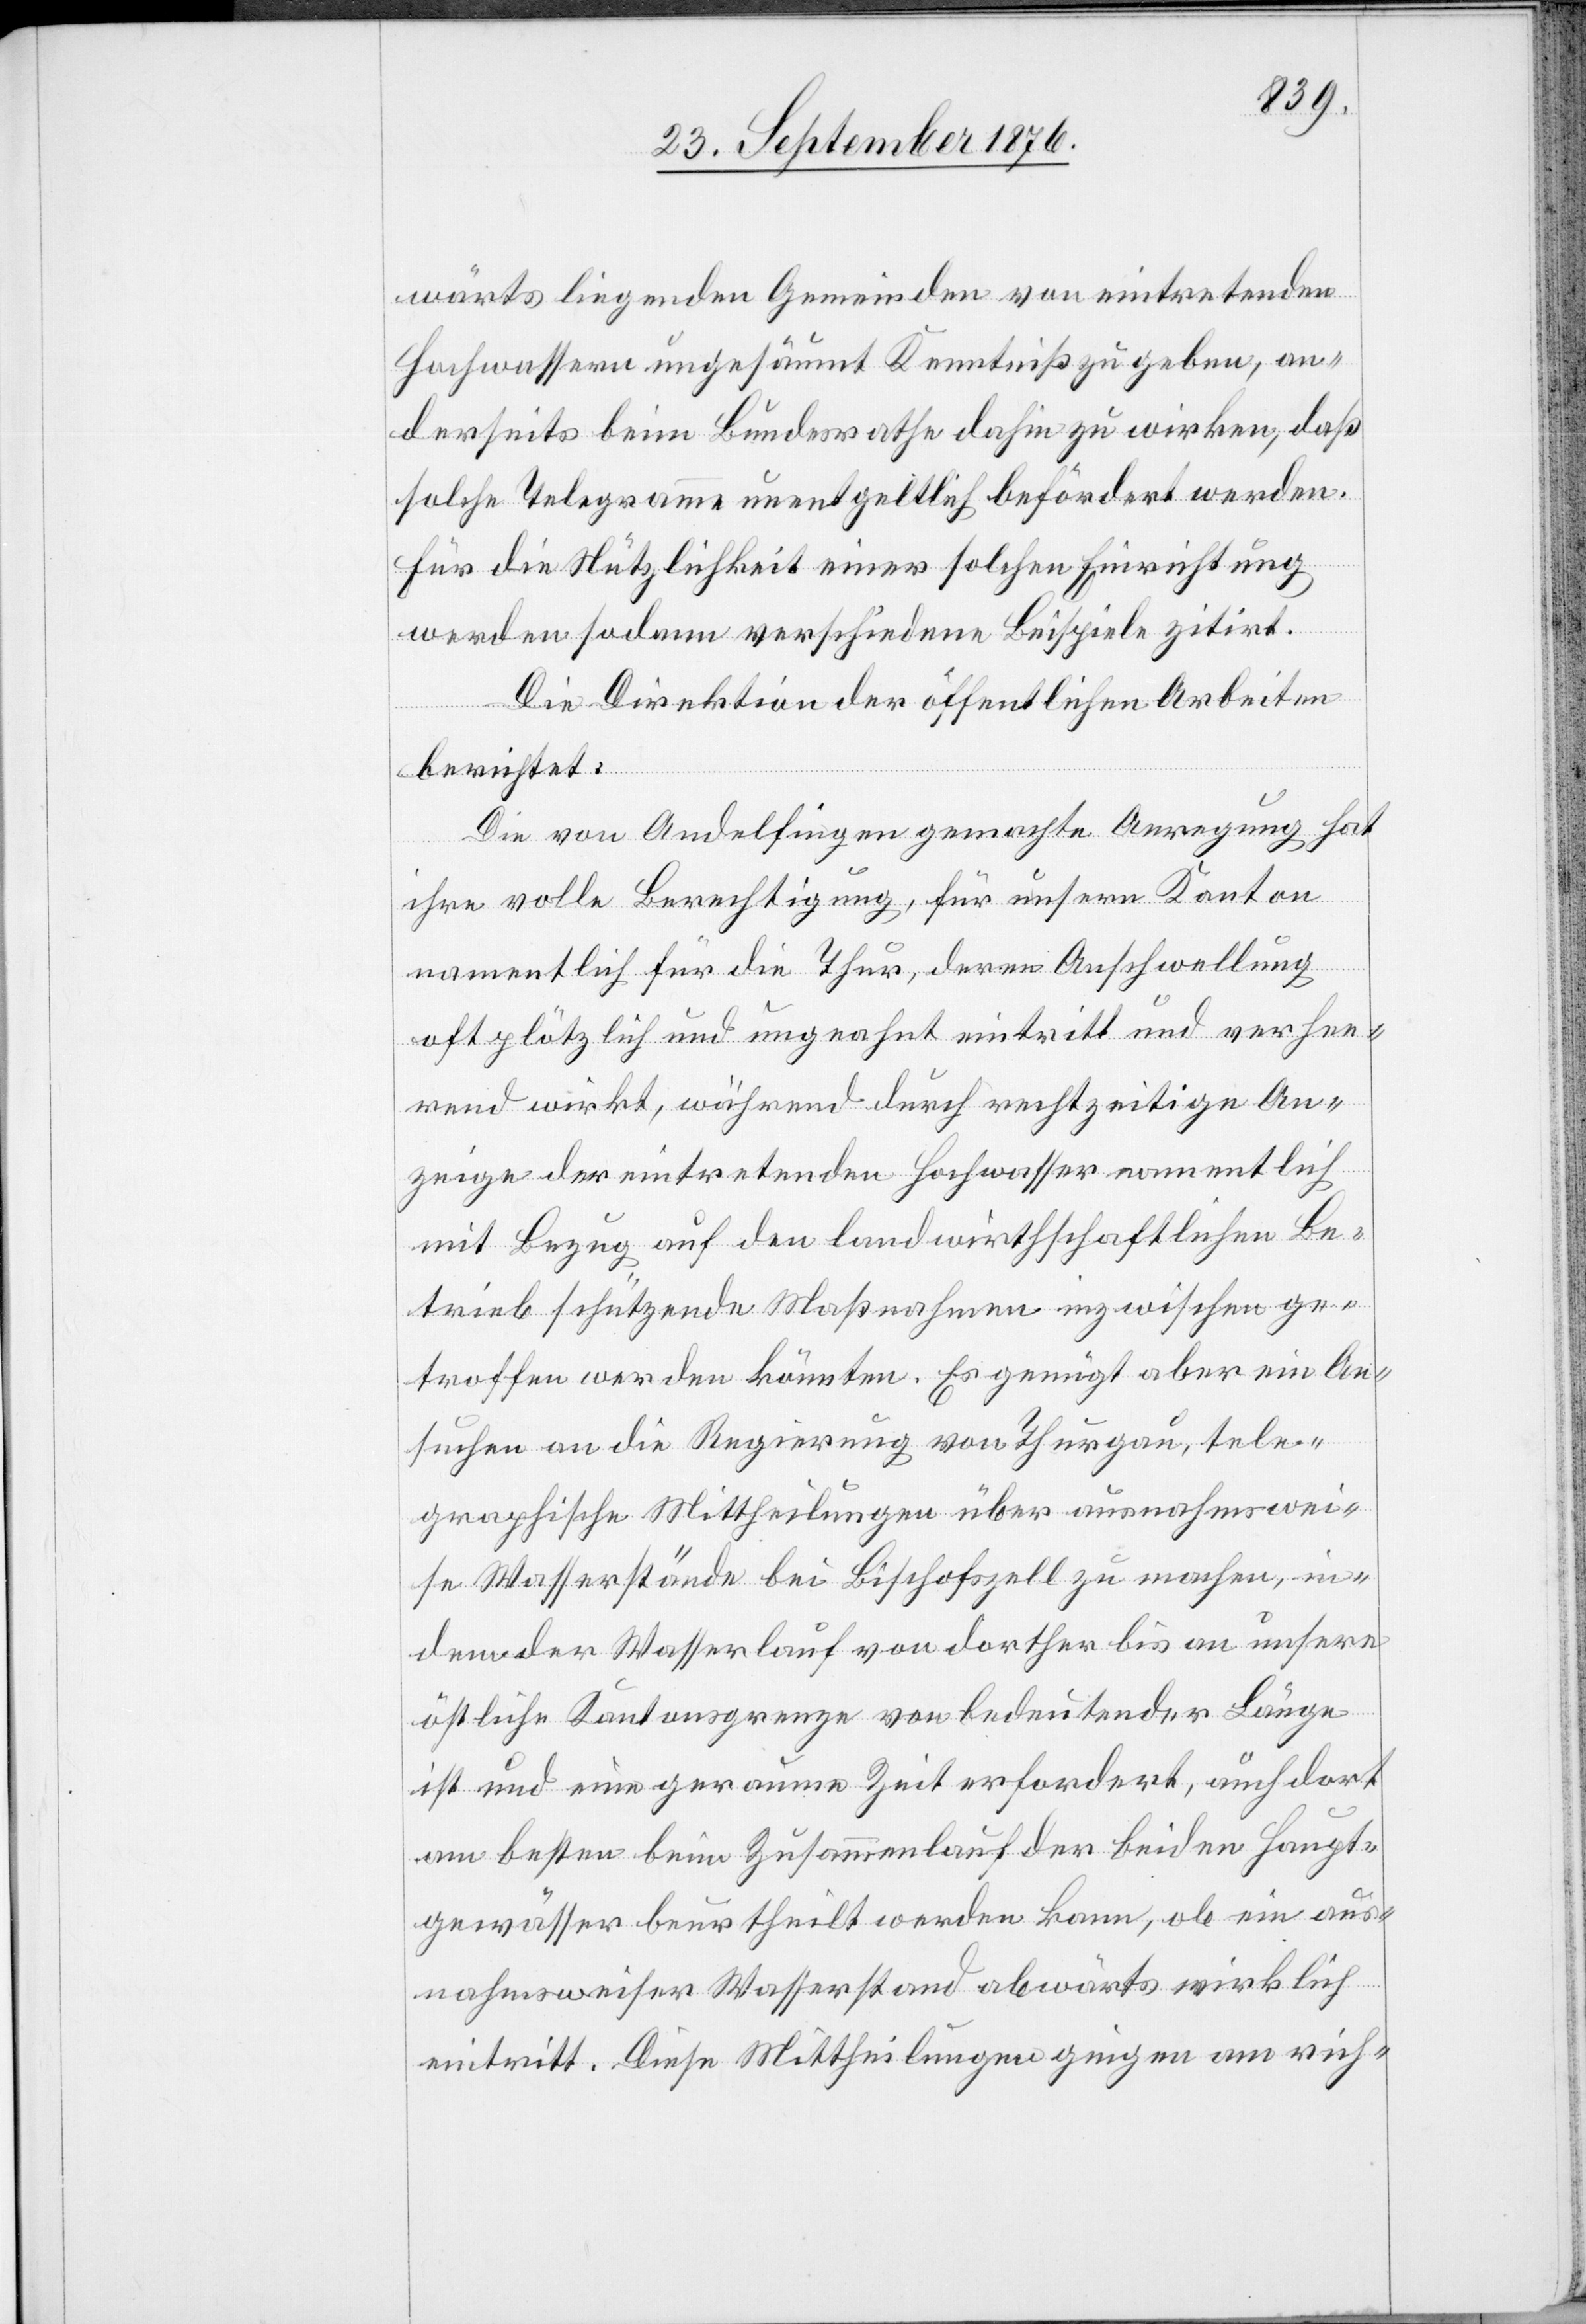
wärts liegenden Gemeinden von eintretenden
Hochwassern ungesäumt Kenntniß zu geben, an¬
derseits beim Bundesrathe dahin zu wirken, daß
solche Telegramme unentgeltlich befördert werden.
Für die Nützlichkeit einer solchen Einrichtung
werden sodann verschiedene Beispiele zitirt.
Die Direktion der öffentlichen Arbeiten
berichtet:
Die von Andelfingen gemachte Anregung hat
ihre volle Berechtigung, für unsern Kanton
namentlich für die Thur, deren Anschwellung
oft plötzlich und ungeahnt eintritt und verhee¬
rend wirkt, während durch rechtzeitige An¬
zeige der eintretenden Hochwasser namentlich
mit Bezug auf den landwirtschaftlichen Be¬
trieb schützende Maßnahmen inzwischen ge¬
troffen werden könnten. Es genügt aber ein An¬
suchen an die Regierung von Thurgau, tele¬
graphische Mittheilungen über ausnahmswei¬
se Wasserstände bei Bischofszell zu machen, in¬
dem der Wasserlauf von dorther bis an unsere
östliche Kantonsgrenze von bedeutender Länge
ist und eine geraume Zeit erfordert, auch dort
am besten beim Zusammenlauf der beiden Haupt¬
gewässer beurtheilt werden kann, ob ein aus¬
nahmsweiser Wasserstand abwärts wirklich
eintritt. Diese Mittheilungen giengen am rich-